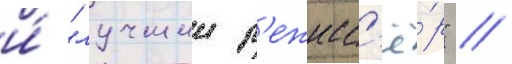
и́ "лучшии р'ежисс'ё́р" //